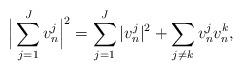
LaTeX: \begin{align*}\Big|\sum_{j=1}^Jv_n^j\Big|^2=\sum_{j=1}^J|v_n^j|^2+\sum_{j\neq k}v_n^jv_n^k,\end{align*}